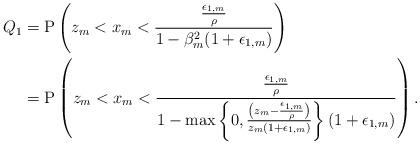
LaTeX: \begin{align*}Q_1 &= \mathrm{P}\left( z_m< x_m< \frac{\frac{\epsilon_{1,m}}{\rho}}{1- \beta_{m}^2(1+\epsilon_{1,m})} \right)\\ &=\mathrm{P}\left( z_m< x_m< \frac{\frac{\epsilon_{1,m}}{\rho}}{1- \max\left\{0, \frac{ \left(z_m-\frac{\epsilon_{1,m}}{\rho}\right)}{z_m(1+\epsilon_{1,m})} \right\}(1+\epsilon_{1,m})} \right).\end{align*}